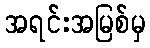
အရင်းအမြစ်မှ